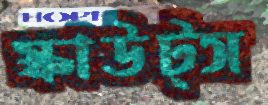
স্কাউট্স